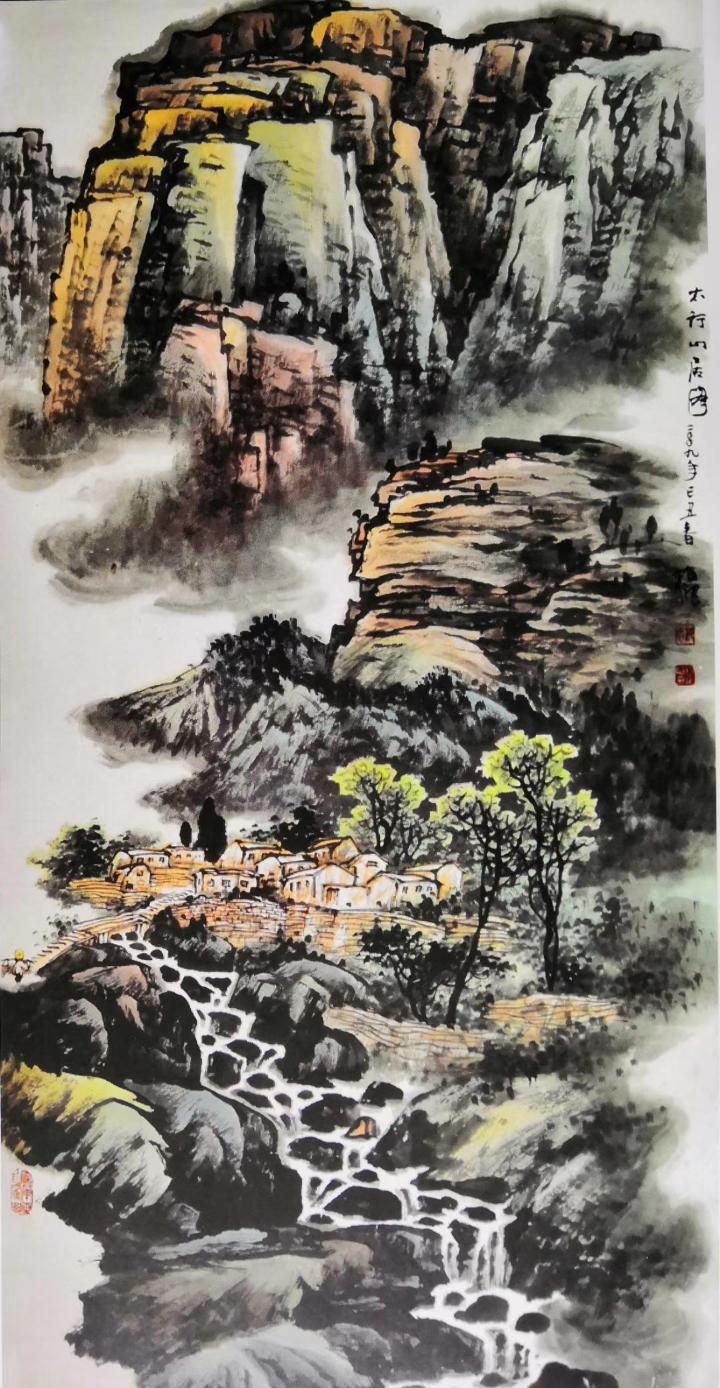
林壑敛暝色，云霞收夕霏。